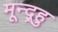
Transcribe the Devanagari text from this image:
मून्द्र्हु